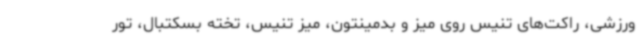
ورزشی، راکت‌های تنیس روی میز و بدمینتون، میز تنیس، تخته بسکتبال، تور